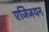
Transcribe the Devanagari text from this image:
एजिजयन